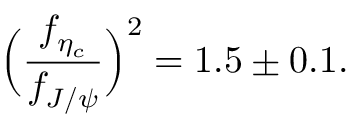
\Bigl ( { \frac { f _ { \eta _ { c } } } { f _ { J / \psi } } } \Bigr ) ^ { 2 } = 1 . 5 \pm 0 . 1 .